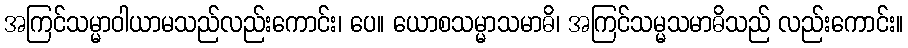
အကြင်သမ္မာဝါယာမသည်လည်းကောင်း၊ ပေ။ ယောစသမ္မာသမာဓိ၊ အကြင်သမ္မသမာဓိသည် လည်းကောင်း။